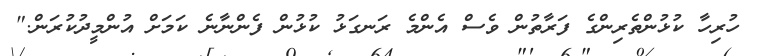
ހުރިހާ ކުޅުންތެރިންގެ ފަރާތުން ވެސް އެންމެ ރަނގަޅު ކުޅުން ފެންނާނެ ކަމަށް އުންމީދުކުރަން."